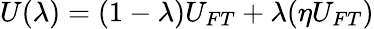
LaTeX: U(\lambda)=(1-\lambda)U_{FT}+\lambda(\eta U_{FT})